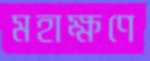
মহাক্ষণে